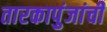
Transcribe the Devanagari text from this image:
तारकापुंजांची